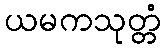
ယမကသုတ္တံ